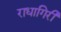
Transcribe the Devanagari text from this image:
राधागिरी